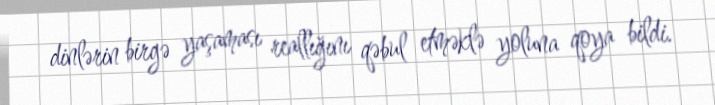
dinlərin birgə yaşaması reallığını qəbul etməklə yoluna qoya bildi.